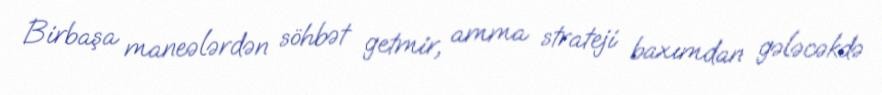
Birbaşa maneələrdən söhbət getmir, amma strateji baxımdan gələcəkdə